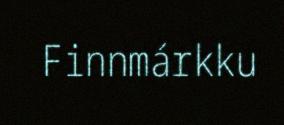
Finnmárkku